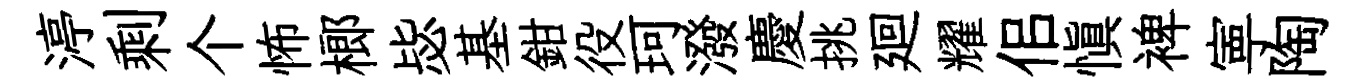
渟剩个怖榔毖基鉗役珂潑慶挑廻耀佀慎裨寕陶